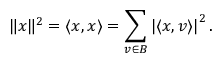
\| x \| ^ { 2 } = \langle x , x \rangle = \sum _ { v \in B } \left| \langle x , v \rangle \right| ^ { 2 } .